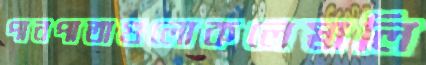
পানপাতাগুলোকলেস্নালি